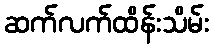
ဆက်လက်ထိန်းသိမ်း